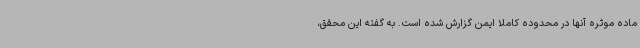
ماده موثره آنها در محدوده کاملا ایمن گزارش شده است. به گفته این محقق،